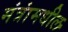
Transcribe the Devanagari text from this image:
मंत्रांमधील